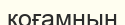
қоғамнын